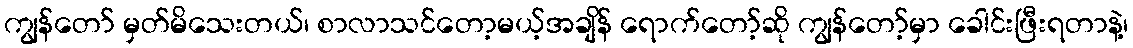
ကျွန်တော် မှတ်မိသေးတယ်၊ စာလာသင်တော့မယ့်အချိန် ရောက်တော့်ဆို ကျွန်တော့်မှာ ခေါင်းဖြီးရတာနဲ့၊